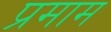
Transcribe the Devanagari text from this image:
प्रमाम